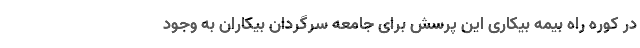
در کوره راه بیمه بیکاری این پرسش برای جامعه سرگردان بیکاران به وجود